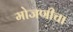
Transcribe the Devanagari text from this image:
मोजणीचा